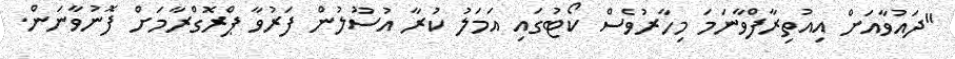
"ދައުވާއަށް އިއުތިރާފްވާނަމަ މިހާރުވެސް ކޯޓުގައި އަމަލު ކުރާ އުސޫލުން ފަރުވާ ޕްރޮގްރާމަށް ފޮނުވާނަން.